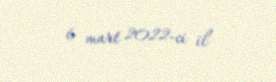
6 mart 2022-ci il